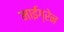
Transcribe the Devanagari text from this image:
माईग्रेन